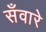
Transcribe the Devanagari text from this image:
सँवारे